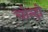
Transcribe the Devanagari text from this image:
चोन्दो